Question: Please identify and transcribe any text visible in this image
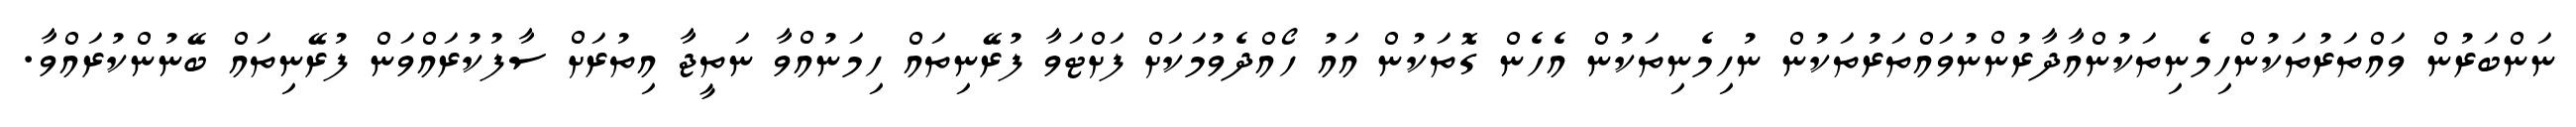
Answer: ނަންބަރުން ވައްތަރުތަކުންހިމެނިތަކުންއާދާރުންނުވައްތަރުތަކުން ނުހިމެނިތަކުން އެހެން ގޮތަކުން އައު ހޯއްދެވުމަކަށް ފަށްޓަވާ ފުރޭނިތައް ހިމަނުއްވާ ނަތީޖާ އިތުރަށް ސާފުކުރައްވަން ފުރޭނިތައް ބޭނުންކުރައްވާ.